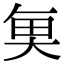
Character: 𮫮